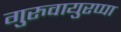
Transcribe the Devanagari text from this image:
गुरुवायुरप्पा